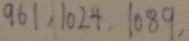
9 6 1 , 1 0 2 4 , 1 0 8 9 ,